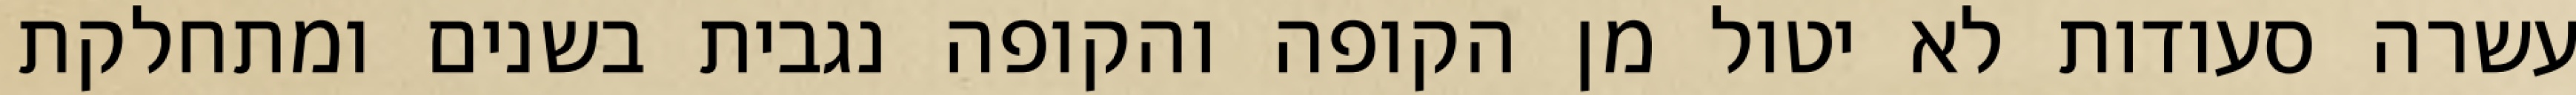
עשרה סעודות לא יטול מן הקופה והקופה נגבית בשנים ומתחלקת